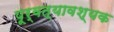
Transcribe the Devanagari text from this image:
पूर्वत्यावश्यक